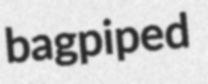
bagpiped